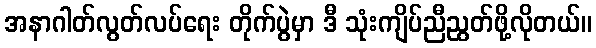
အနာဂါတ်လွတ်လပ်ရေး တိုက်ပွဲမှာ ဒီ သုံးကျိပ်ညီညွတ်ဖို့လိုတယ်။